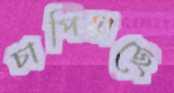
চাপিয়াছে